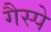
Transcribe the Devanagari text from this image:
गैस्पे